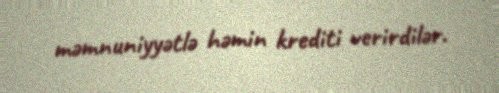
məmnuniyyətlə həmin krediti verirdilər.